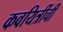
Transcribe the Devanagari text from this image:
कवयित्रींची